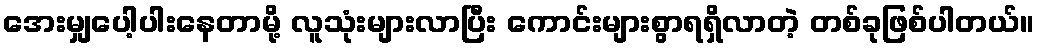
အေးမျှပေါ့ပါးနေတာမို့ လူသုံးများလာပြီး ကောင်းများစွာရရှိလာတဲ့ တစ်ခုဖြစ်ပါတယ်။